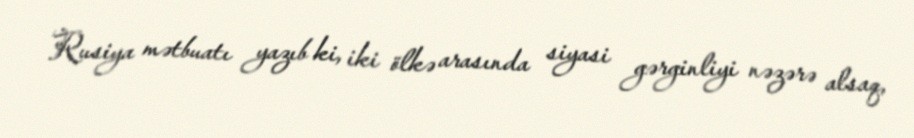
Rusiya mətbuatı yazıb ki, iki ölkə arasında siyasi gərginliyi nəzərə alsaq,